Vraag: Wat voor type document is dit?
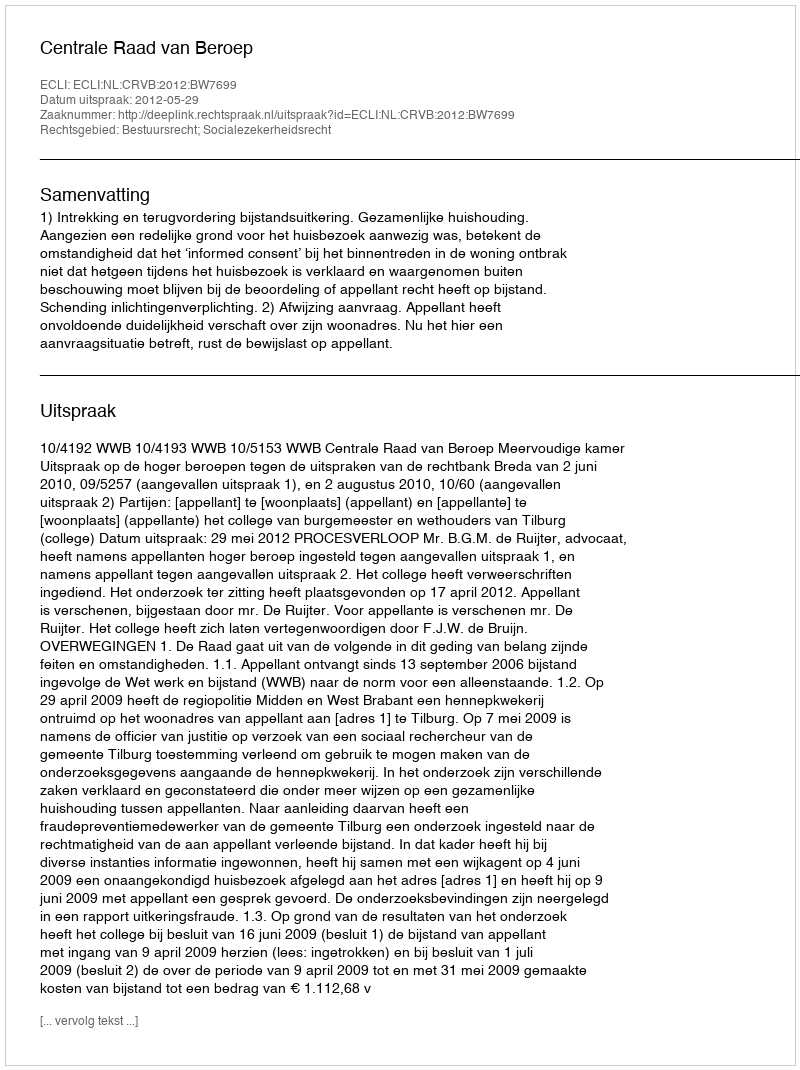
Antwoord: Uitspraak